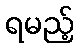
ရမည့်